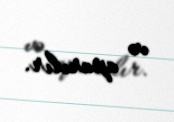
və aparılır.